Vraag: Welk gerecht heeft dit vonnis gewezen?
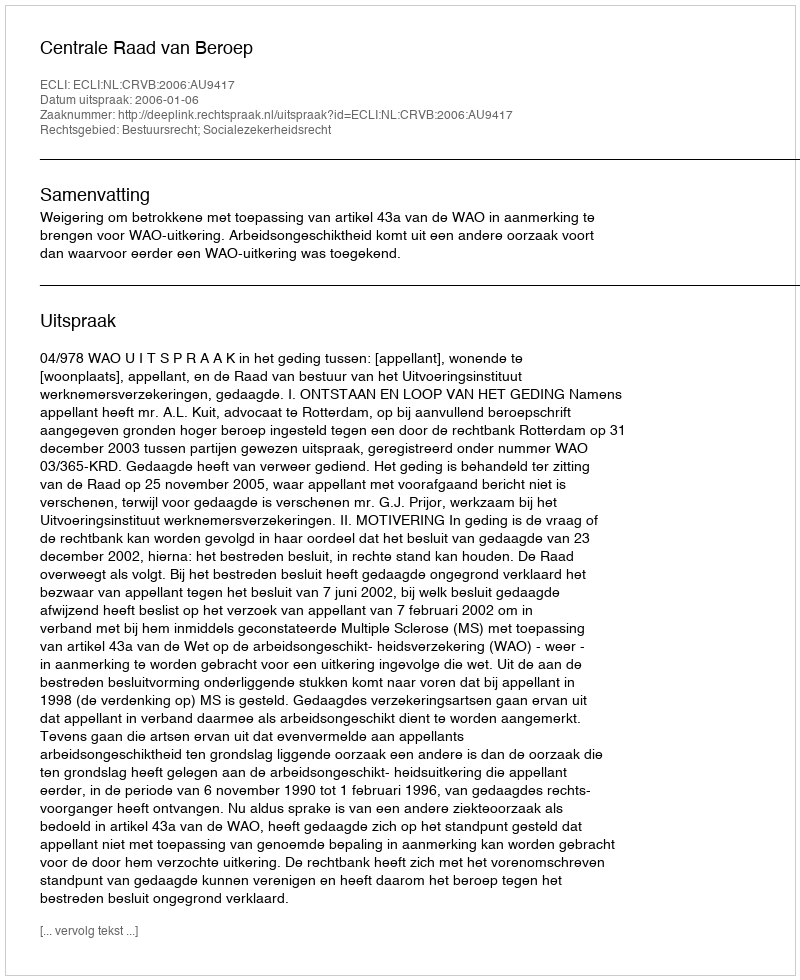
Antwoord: Centrale Raad van Beroep